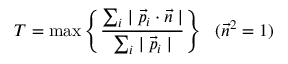
T = \mathrm { m a x } \left\{ \frac { \sum _ { i } \mid \vec { p } _ { i } \cdot \vec { n } \mid } { \sum _ { i } \mid \vec { p } _ { i } \mid } \right\} ~ ~ ( \vec { n } ^ { 2 } = 1 )